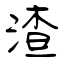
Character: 渣